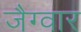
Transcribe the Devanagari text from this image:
जैग्वार